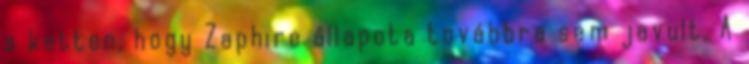
a ketten, hogy Zaphire állapota továbbra sem javult. A